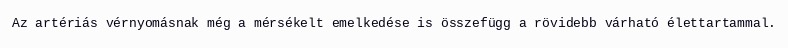
Az artériás vérnyomásnak még a mérsékelt emelkedése is összefügg a rövidebb várható élettartammal.